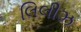
લિલીઝ